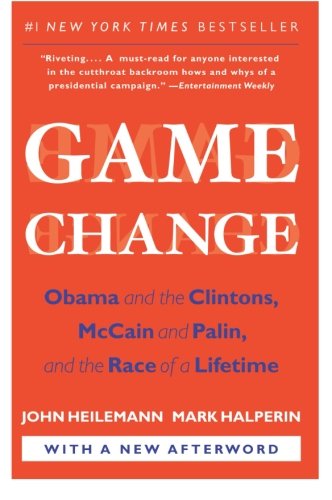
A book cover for Game Change: Obama and the Clintons, McCain and Palin, and the Race of a Lifetime; John Heilemann; Politics & Social Sciences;